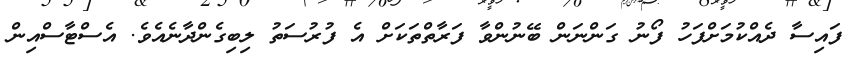
ފައިސާ ދެއްކުމަށްފަހު ފޯނު ގަންނަން ބޭނުންވާ ފަރާތްތަކަށް އެ ފުރުސަތު ލިބިގެންދާނެއެވެ. އެސްޓާސްއިން